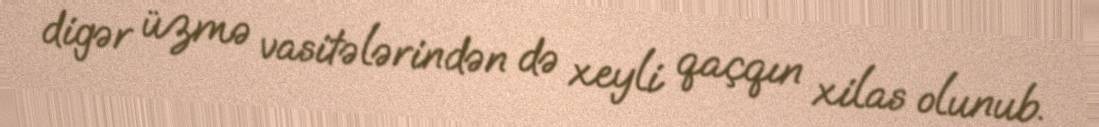
digər üzmə vasitələrindən də xeyli qaçqın xilas olunub.